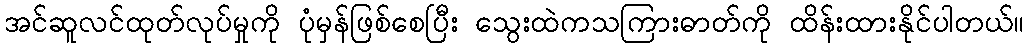
အင်ဆူလင်ထုတ်လုပ်မှုကို ပုံမှန်ဖြစ်စေပြီး သွေးထဲကသကြားဓာတ်ကို ထိန်းထားနိုင်ပါတယ်။